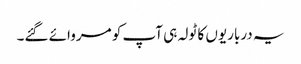
یہ درباریوں کا ٹولہ ہی آپ کو مروائے گئے۔